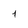
Character: 1